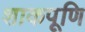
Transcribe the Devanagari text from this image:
शाकपूणि